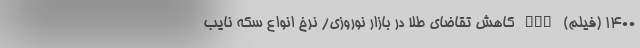
۱۴۰۰ (فیلم) nan کاهش تقاضای طلا در بازار نوروزی/ نرخ انواع سکه نایب